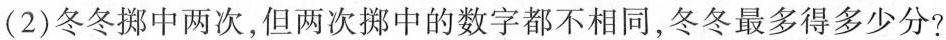
(2)冬冬挪中两次，但两次梆中的数字都不相同，冬冬最多得多少分?